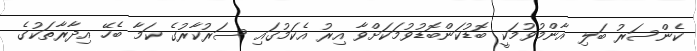
ކެންސަރު ބަލި އާންމުވުމަކީ ބޮޑުކަންބޮޑުވުމަކަށްވާ އިރު އެކަމުގައި ސަރުކާރުގެ ކަމާ ބެހޭ އިދާރާތަކުގެ